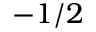
- 1 / 2